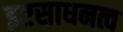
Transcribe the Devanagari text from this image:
इष्टसाधनत्व